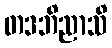
တဒဘိညာသိ